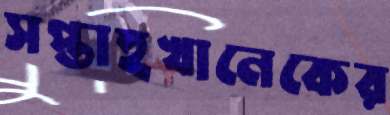
সপ্তাহখানেকের